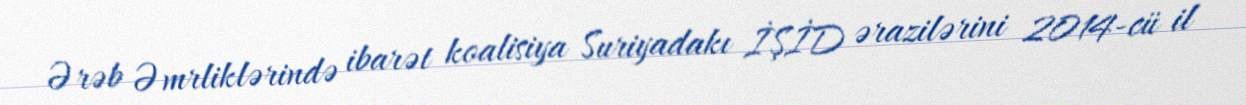
Ərəb Əmrliklərində ibarət koalisiya Suriyadakı İŞİD ərazilərini 2014-cü il